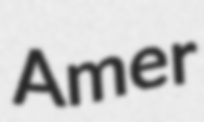
Amer